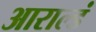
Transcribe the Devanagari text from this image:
आराल्डं